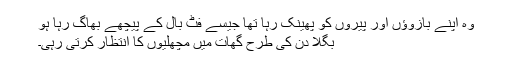
وہ اپنے بازوؤں اور پیروں کو پھینک رہا تھا جیسے فٹ بال کے پیچھے بھاگ رہا ہو
بگلا دن کی طرح گھات میں مچھلیوں کا انتظار کرتی رہی۔